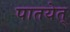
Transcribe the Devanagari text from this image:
पातयेत्